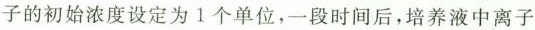
子的初始浓度设定为1个单位，一段时间后，培养液中离子